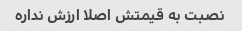
نصبت به قیمتش اصلا ارزش نداره